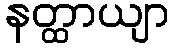
နတ္ထာယျာ